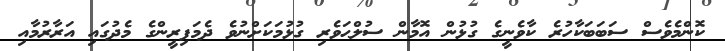
ކޮންމެވެސް ސަބަބަކާހުރެ ކާވެނީގެ ގުޅުން އޮމާން ސުލްޙަވެރި ގުޅުމަކަށްނުވެ ދެމަފިރީންގެ މެދުގައި އަރާރުމާއި